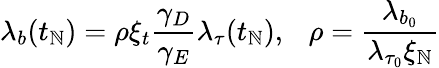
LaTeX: \lambda_{b}(t_{\mathbb{N}})=\rho\xi_{t}\frac{{\gamma_{D}}}{{\gamma_{E}}}\lambda_{\tau}(t_{\mathbb{N}}),~~~\rho=\frac{{\lambda_{b_{0}}}}{{\lambda_{\tau_{0}}\xi_{\mathbb{N}}}}